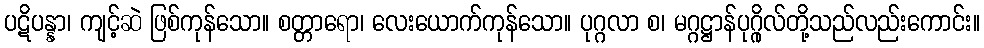
ပဋိပန္နာ၊ ကျင့်ဆဲ ဖြစ်ကုန်သော။ စတ္တာရော၊ လေးယောက်ကုန်သော။ ပုဂ္ဂလာ စ၊ မဂ္ဂဋ္ဌာန်ပုဂ္ဂိုလ်တို့သည်လည်းကောင်း။